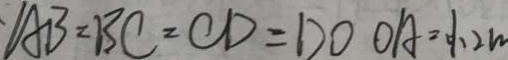
A B = B C = C D = D O O A = 1 . 2 m